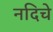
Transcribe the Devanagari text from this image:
नदिचे